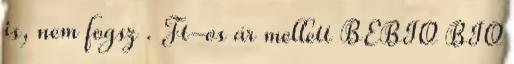
is, nem fogsz . Ft-os ár mellett BEBIO BIO